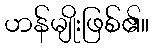
ဟန်မျိုးဖြစ်၏။